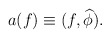
\begin{align*}a(f) \equiv (f,\widehat\phi).\end{align*}